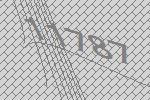
11787